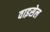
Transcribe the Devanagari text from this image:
वाइसेल